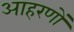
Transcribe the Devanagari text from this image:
आहरणों